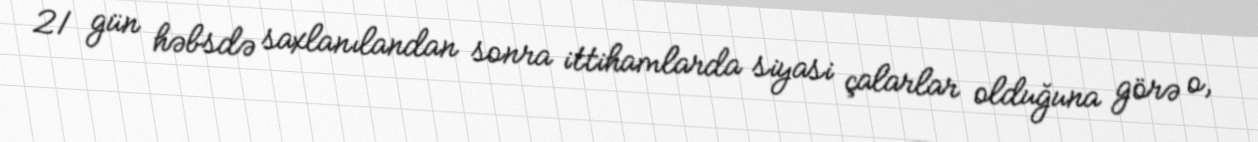
21 gün həbsdə saxlanılandan sonra ittihamlarda siyasi çalarlar olduğuna görə o,